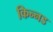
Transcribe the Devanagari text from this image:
किन्नड